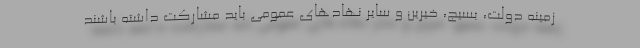
زمینه دولت، بسیج، خیرین و سایر نهادهای عمومی باید مشارکت داشته باشند